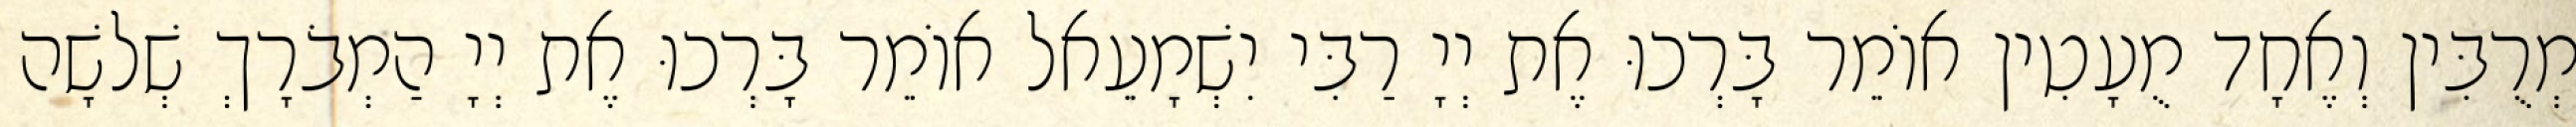
מְרֻבִּין וְאֶחָד מֻעָטִין אוֹמֵר בָּרְכוּ אֶת יְיָ רַבִּי יִשְׁמָעֵאל אוֹמֵר בָּרְכוּ אֶת יְיָ הַמְבֹרָךְ שְׁלשָׁה